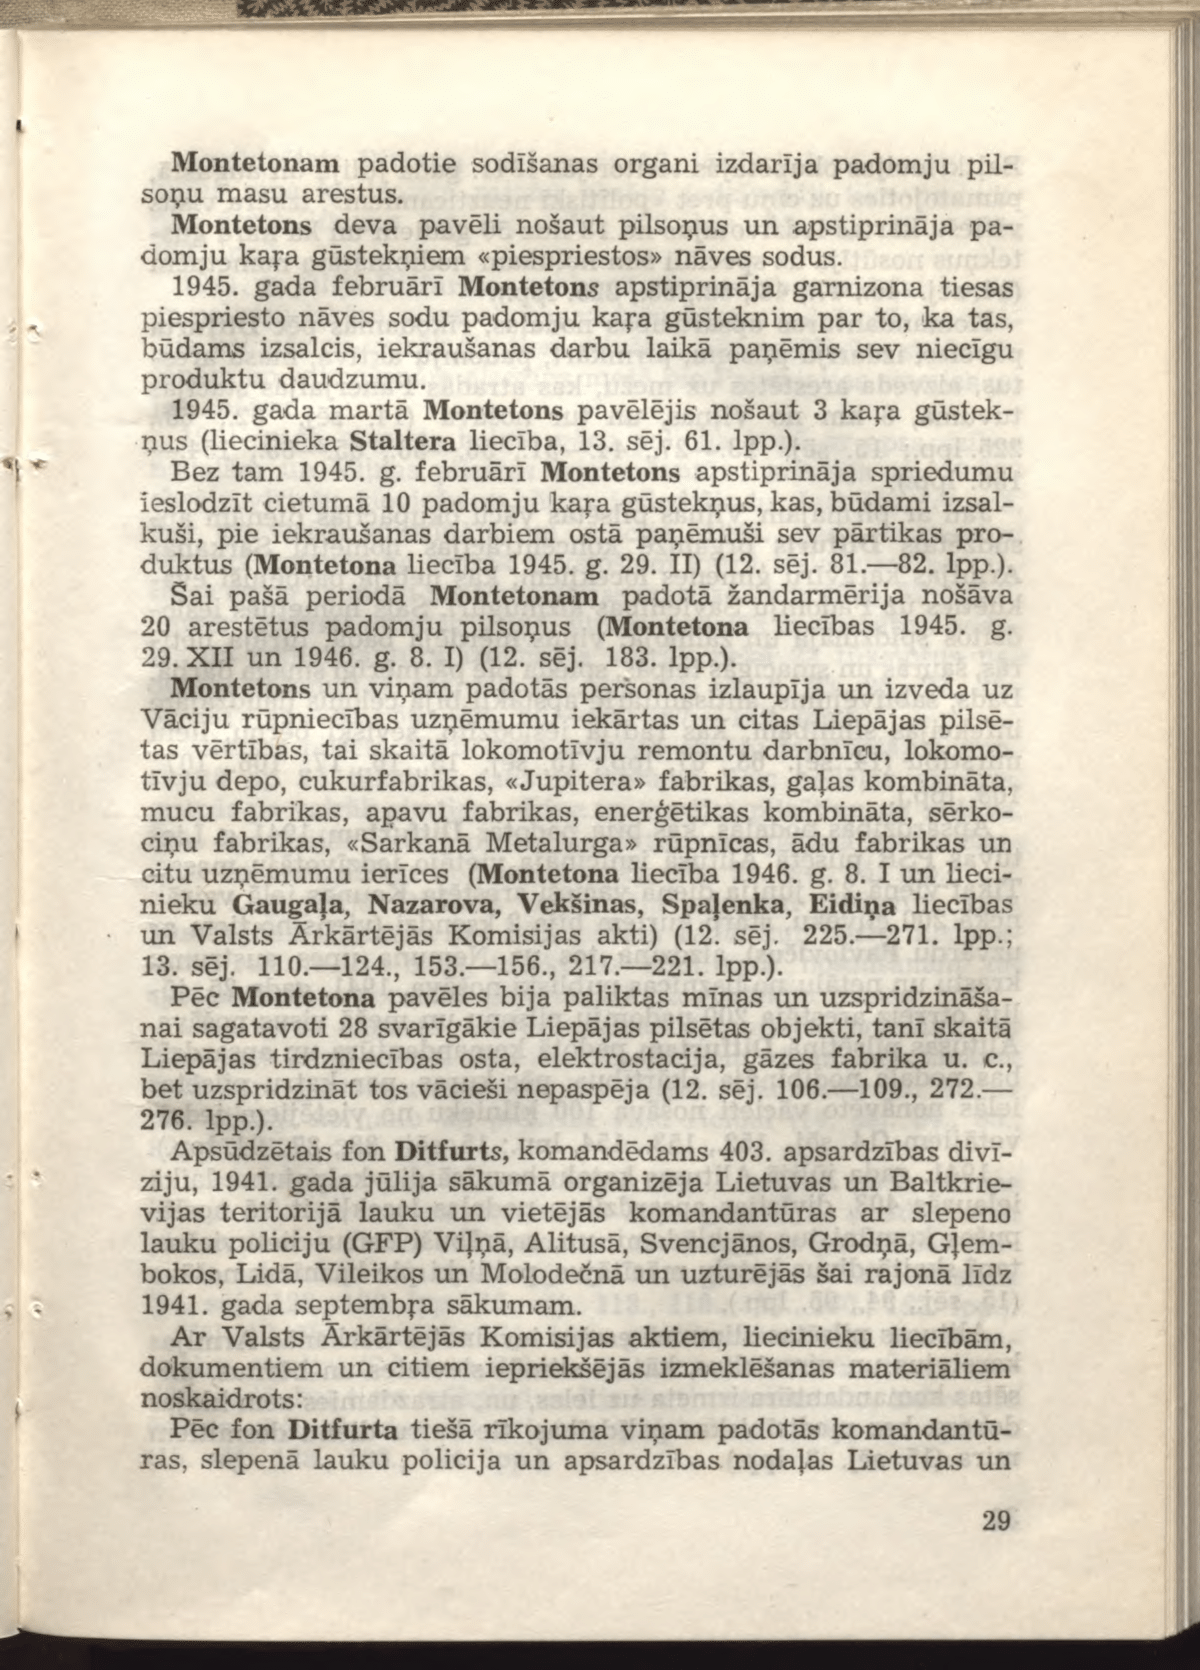
Language: lv